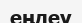
еңдеу